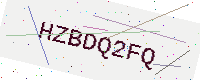
Text: HZBDQ2FQ